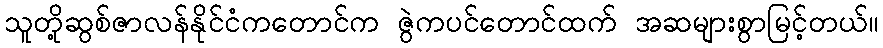
သူတို့ဆွစ်ဇာလန်နိုင်ငံကတောင်က ဇွဲကပင်တောင်ထက် အဆများစွာမြင့်တယ်။